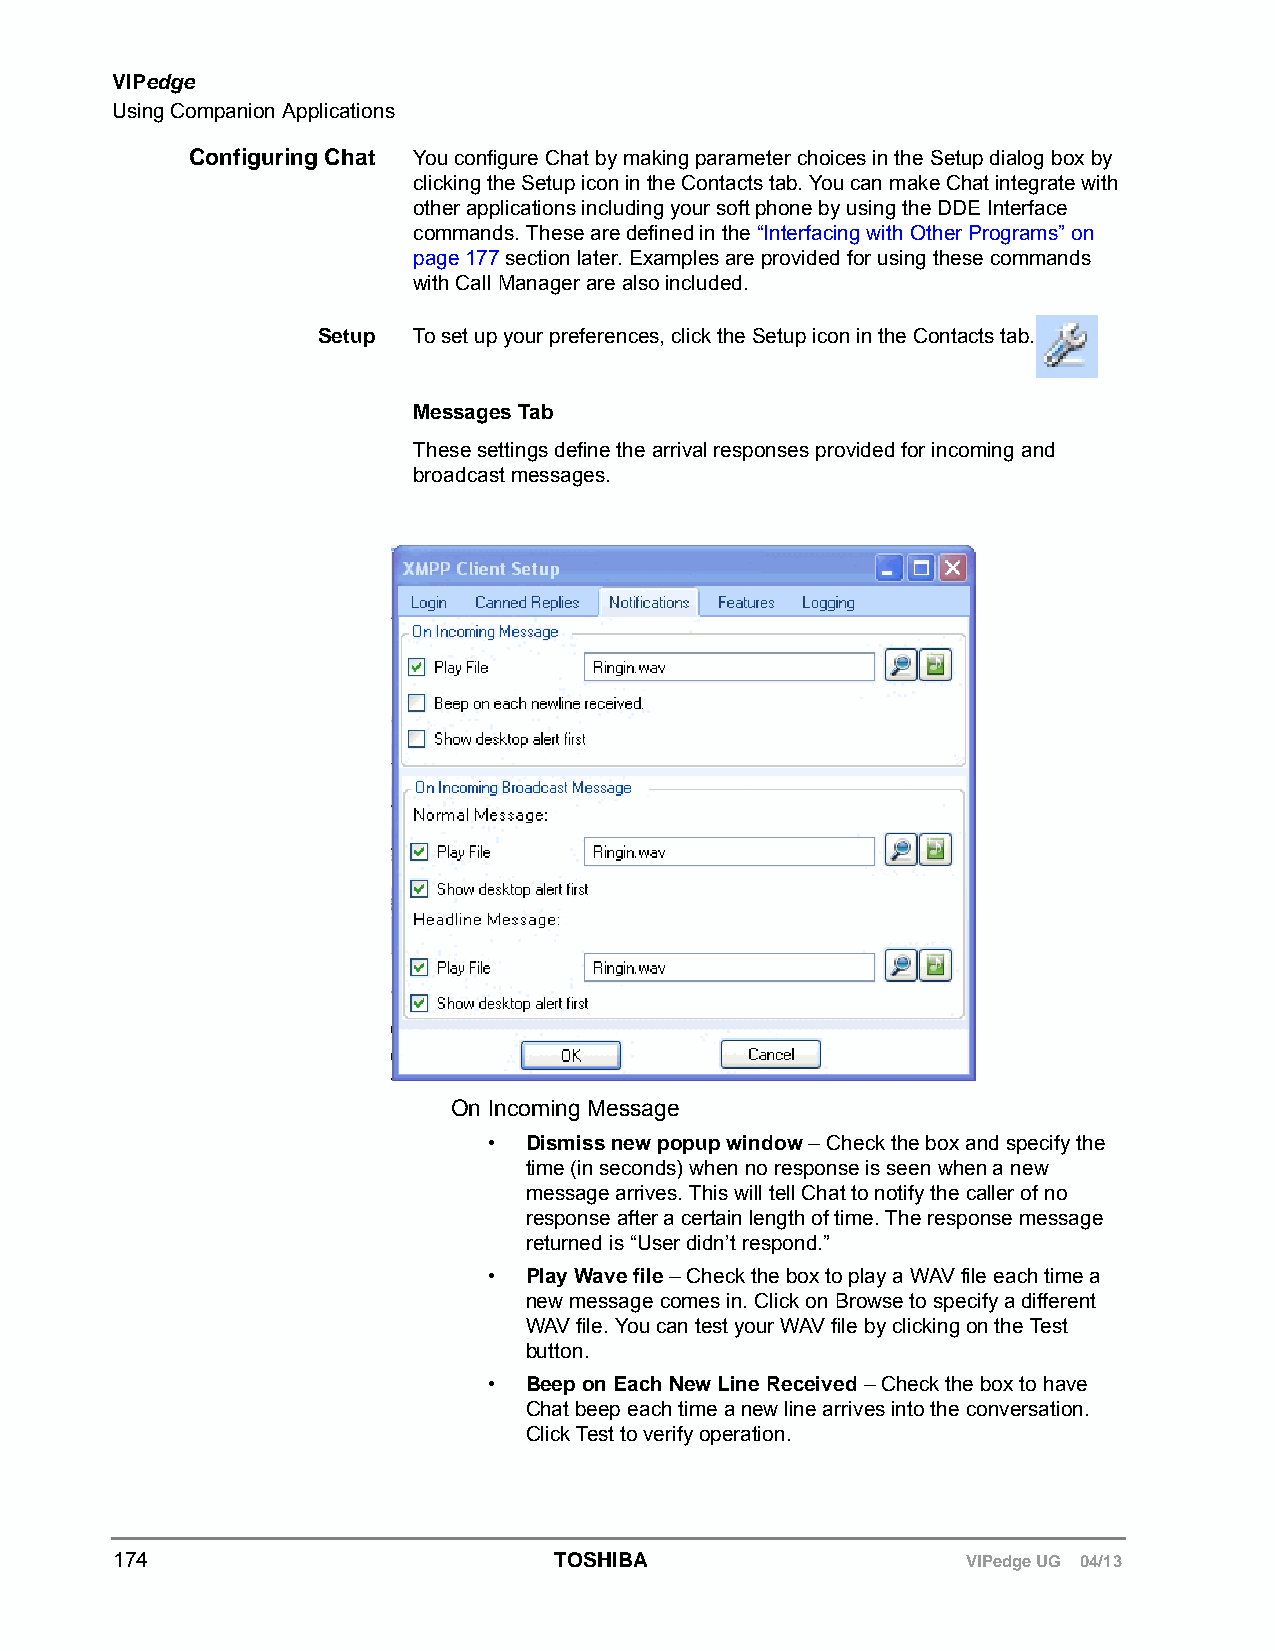
VIPedge
 Using Companion Applications
 Configuring Chat You configure Chat by making parameter choices in the Setup dialog box by
 clicking the Setup icon in the Contacts tab. You can make Chat integrate with
 other applications including your soft phone by using the DDE Interface
 commands. These are defined in the “Interfacing with Other Programs” on
 page 177 section later. Examples are provided for using these commands
 with Call Manager are also included.
 Setup To set up your preferences, click the Setup icon in the Contacts tab.
 Messages Tab
 These settings define the arrival responses provided for incoming and
 broadcast messages.
 On Incoming Message
 •  Dismiss new popup window – Check the box and specify the
 time (in seconds) when no response is seen when a new
 message arrives. This will tell Chat to notify the caller of no
 response after a certain length of time. The response message
 returned is “User didn’t respond.”
 •  Play Wave file – Check the box to play a WAV file each time a
 new message comes in. Click on Browse to specify a different
 WAV file. You can test your WAV file by clicking on the Test
 button.
 •  Beep on Each New Line Received – Check the box to have
 Chat beep each time a new line arrives into the conversation.
 Click Test to verify operation.
 174                          TOSHIBA                    VIPedge UG 04/13